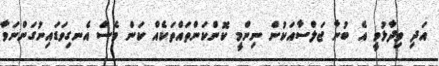
އަދި ވިދާޅުވީ އެ ބުނާ ޖަލްސާއަކުން ނިންމީ ކޮންކަންތައްތަކެއް ކަން ވެސް އެނގިވަޑައިނުގަންނަވާ